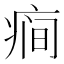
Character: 𰣯